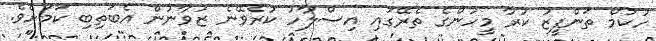
ހުކުމް ތަންފީޒު ކުރާ މީހުންގެ ތެރޭގައި އިސްލާހު ކުރެވޭނެ ޒުވާނުން އެބަތިބި ކަމަށެވެ.